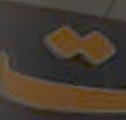
ت